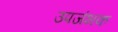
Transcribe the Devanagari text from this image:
उपजंभक